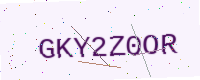
Text: GKY2Z0OR